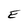
Character: E